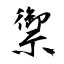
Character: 禦